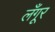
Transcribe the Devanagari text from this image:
लँगूर